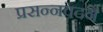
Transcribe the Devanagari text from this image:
प्रसन्नवदने